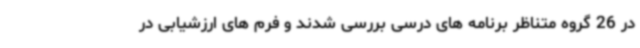
در 26 گروه متناظر برنامه های درسی بررسی شدند و فرم های ارزشیابی در